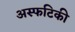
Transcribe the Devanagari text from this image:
अस्फटिकी